Report of the Bombay Veterinary College
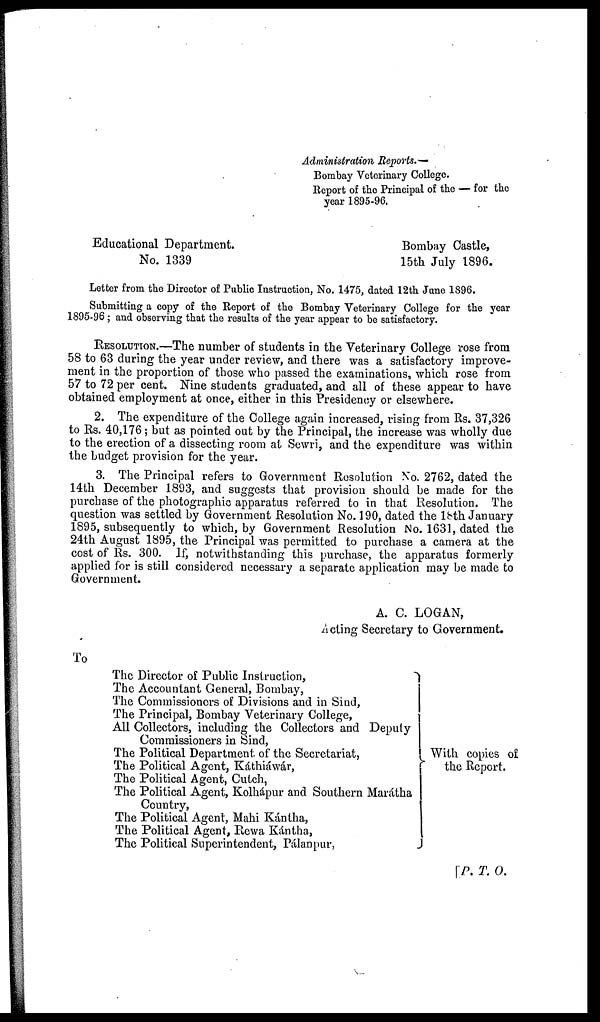
Administration Reports.—
Bombay Veterinary College.
Report of the Principal of the — for the
year 1895-96.
Educational Department.
Bombay Castle,
No. 1339
15th July 1896.
Letter from the Director of Public Instruction, No. 1475, dated 12th June 1896.
Submitting a copy of the Report of the Bombay Veterinary College for the year
1895-96; and observing that the results of the year appear to be satisfactory.
RESOLUTION.—The number of students in the Veterinary College rose from
58 to 63 during the year under review, and there was a satisfactory improve-
ment in the proportion of those who passed the examinations, which rose from
57 to 72 per cent. Nine students graduated, and all of these appear to have
obtained employment at once, either in this Presidency or elsewhere.
2. The expenditure of the College again increased, rising from Rs. 37,326
to Rs. 40,176; but as pointed out by the Principal, the increase was wholly due
to the erection of a dissecting room at Sewri, and the expenditure was within
the budget provision for the year.
3. The Principal refers to Government Resolution No. 2762, dated the
14th December 1893, and suggests that provision should be made for the
purchase of the photographic apparatus referred to in that Resolution. The
question was settled by Government Resolution No. 190, dated the l8th January
1895, subsequently to which, by Government Resolution No. 1631, dated the
24th August 1895, the Principal was permitted to purchase a camera at the
cost of Rs. 300. If, notwithstanding this purchase, the apparatus formerly
applied for is still considered necessary a separate application may be made to
Government.
A. C. LOGAN,
Acting Secretary to Government.
To
The Director of Public Instruction,
The Accountant General, Bombay,
The Commissioners of Divisions and in Sind,
The Principal, Bombay Veterinary College,
All Collectors, including the Collectors and Deputy
Commissioners in Sind,
The Political Department of the Secretariat,
The Political Agent, Káthiáwár,
The Political Agent, Cutch,
The Political Agent, Kolhápur and Southern Marátha
Country,
The Political Agent, Mahi Kántha,
The Political Agent, Rewa Kántha,
The Political Superintendent, Pálanpur,
With copies of
the Report.